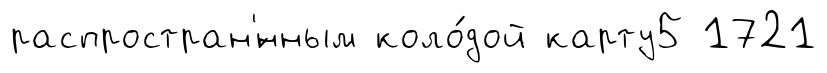
распростран'́нным коло́дой карту5 1721